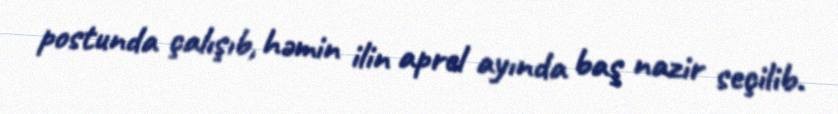
postunda çalışıb, həmin ilin aprel ayında baş nazir seçilib.